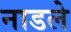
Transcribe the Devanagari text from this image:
नाडले